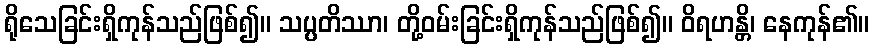
ရိုသေခြင်းရှိကုန်သည်ဖြစ်၍။ သပ္ပတိဿာ၊ တို့ဝမ်းခြင်းရှိကုန်သည်ဖြစ်၍။ ဝိရဟန္တိ၊ နေကုန်၏။